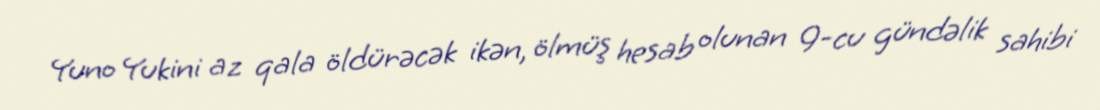
Yuno Yukini az qala öldürəcək ikən, ölmüş hesab olunan 9-cu gündəlik sahibi